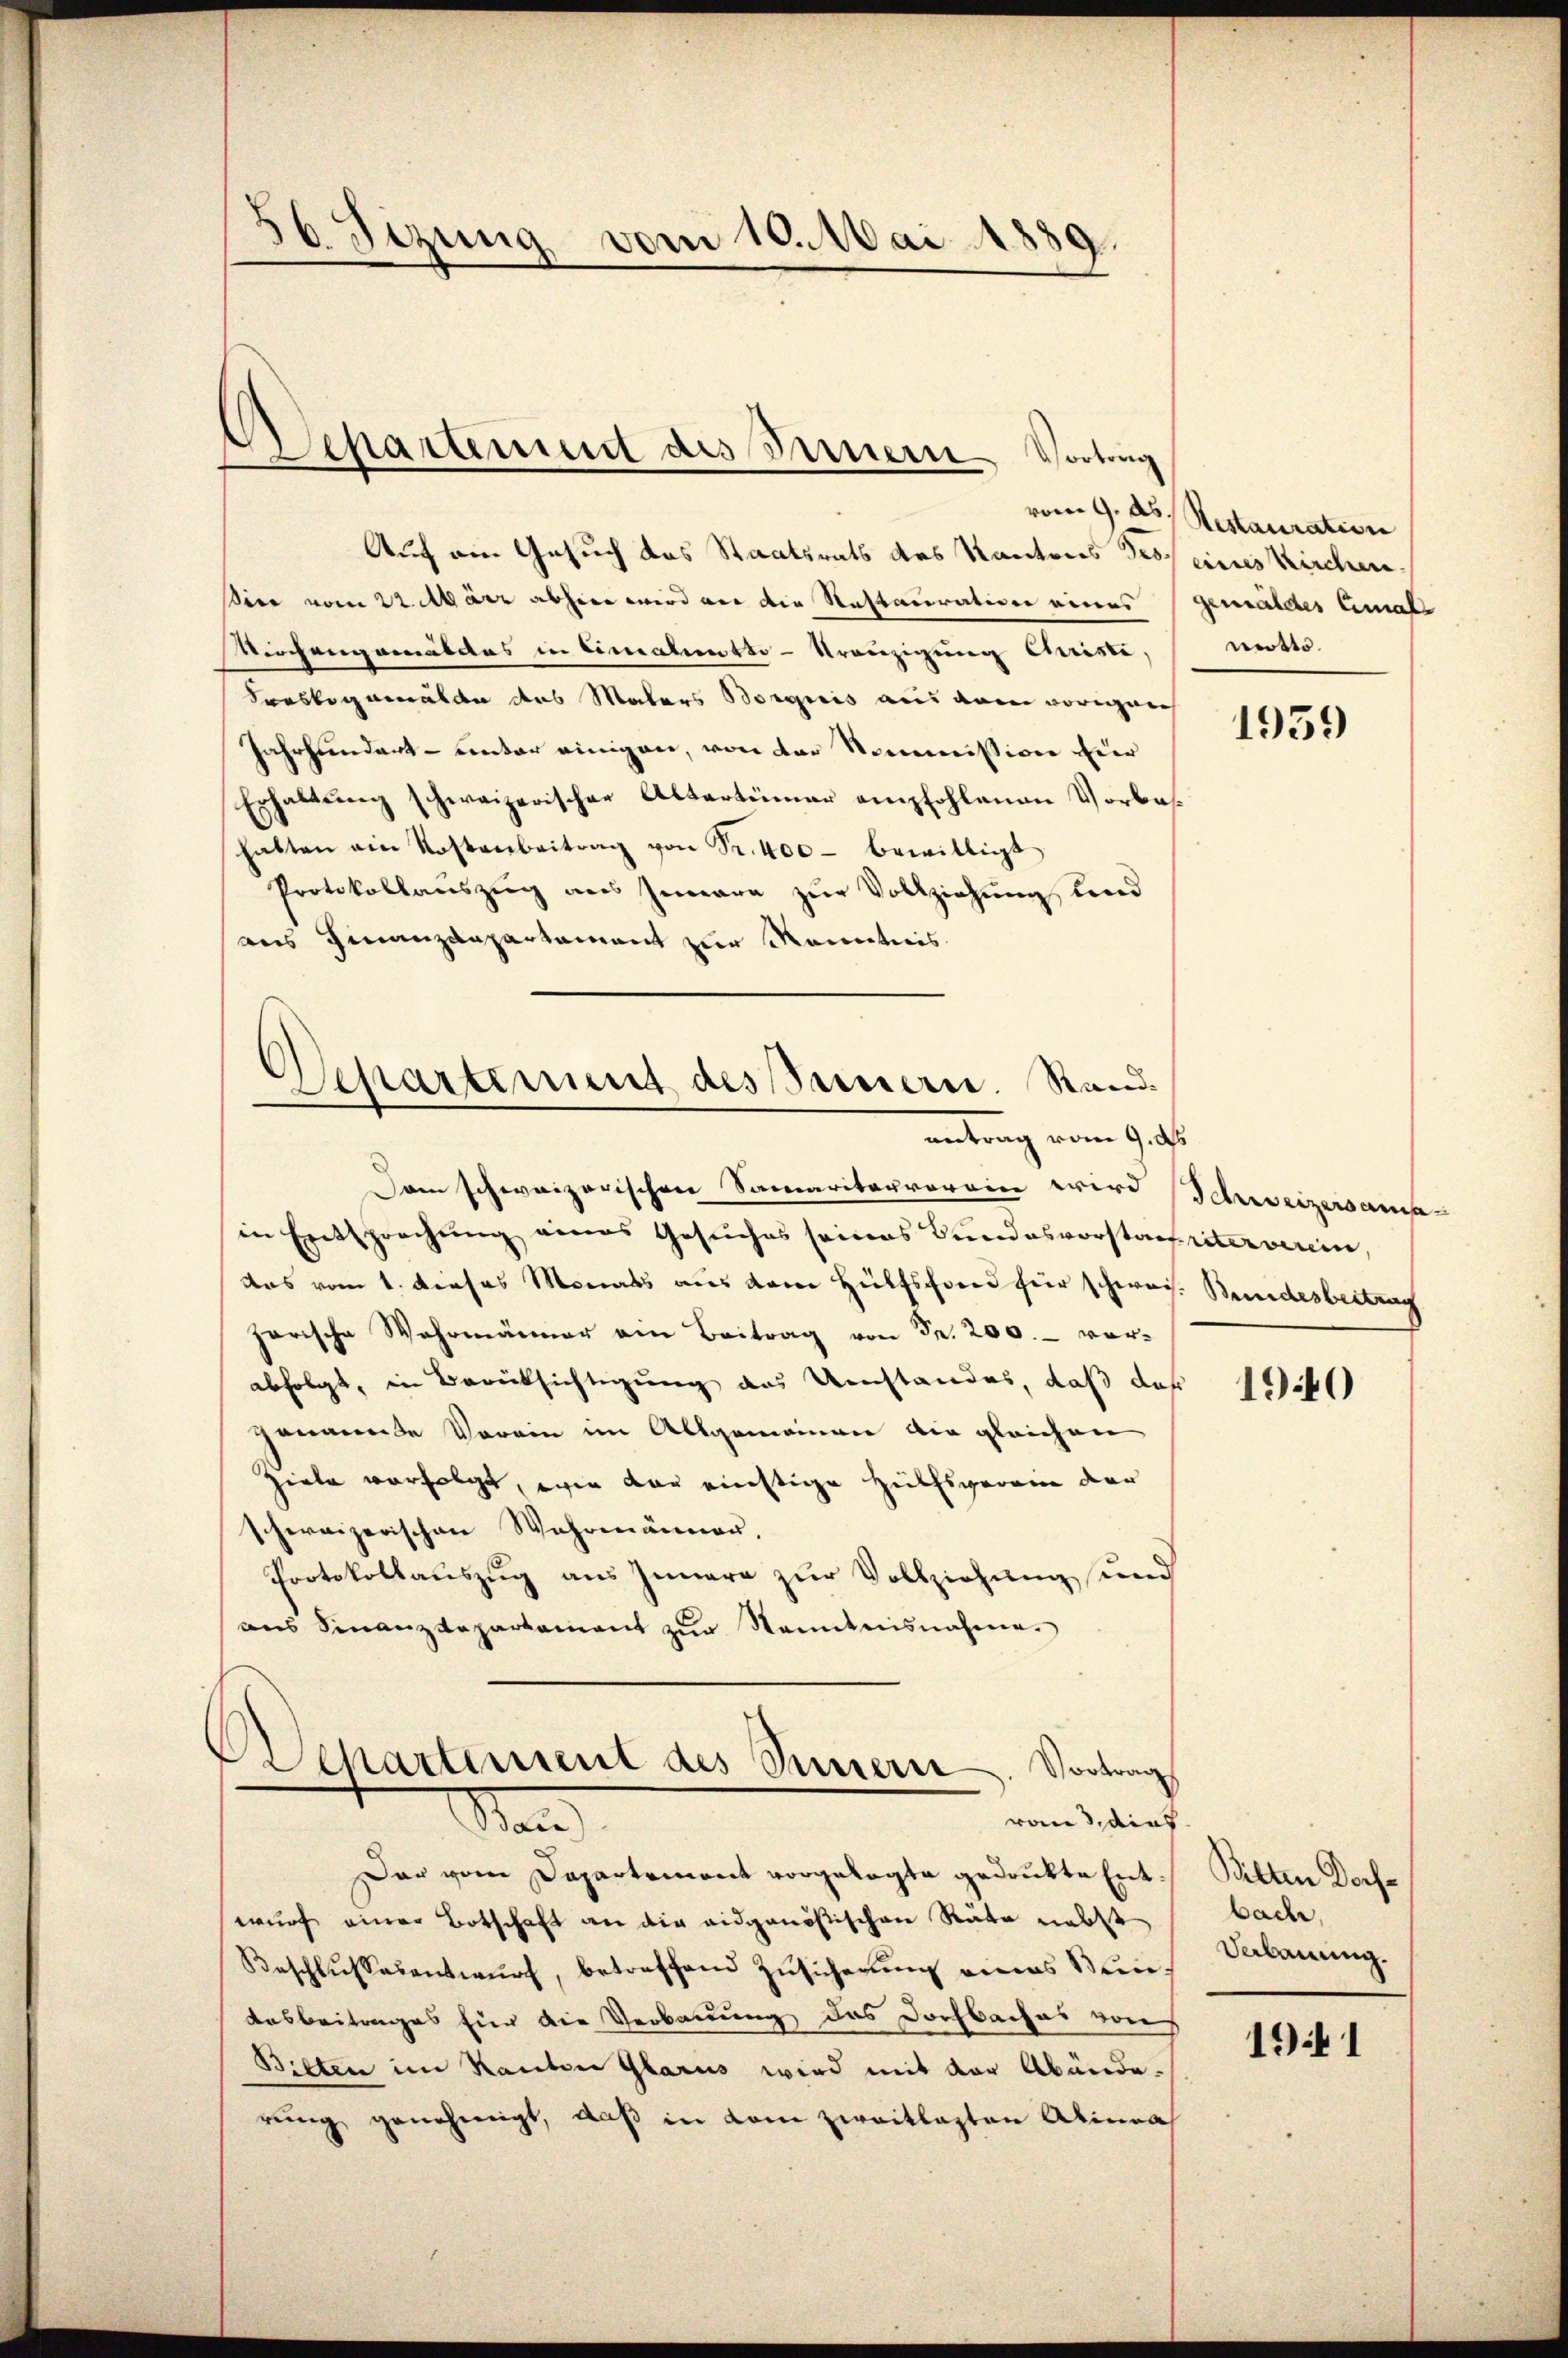
86 Sizung vom 10. Mai 1889

epartement des Innern Vortrag

Auf ein Gesuch das Staatsrats des Kantons Tros eines Kirchenire vom 22. März abheer wird vor die Restaciration eines Gemäldes Lemal
Viechengemäldes in Eimaluntso-Kranzigung Christi,
Frasbogemälde das Malers Borgnis aus dem vorneh
Jahrhundert – unter einigen, von der Kommission hier
Erhaltung schweizerischen Altertümer empfohlenen Vorbashabten ein Kostenbeitrag von Sr. 400 bewilligt
Protokollaŭszŭg ans Zierre zŭr Vollziehŭng und
aus Finanzdepartament zur Kenntnis

Departement des Sauern. Stand.
antrag vom 9. ds.

Iren schweizerischen Samaritarrerein wird (Schweizersamin Entsprechung eines Gesŭches seines Bundesvorstauriterverein,
das vom 1. Dieses Monats aus dem Hülfsfond für schweis. Bundesbeitrag
harische Wahrmänner ein Beitrag von Fr. 200.- vor-
abfolgt, in Berücksichtigung des Umstandes, daß daß
genannte Vorein im Allgemeinen die gleichen
Zirte verfolgt, wie der einstige Hülfsverein der
schweizerischen Wahrmänner.
Protokollauszug aus Innere zur Vollziehung und
ans Finanzdepartament zŭr Sonntnisnahme.
Departement des Innern. Vortrag
vom 3. dies
San
Dar vom Departement vorgelegte gedrukte Entwurf einer Botschaft an die eidgenößischen Räte nebst
Beschlŭssesentwŭrf, betreffend Zŭsicherŭng eines Bun¬
Ausbeitrages für die Verbauung des Dorfbaches von
Bitten im Kanton Glarus wird mit der Abände-
rung genehmigt, daß in dem zweitlasten Alinea

vom 9. ds Restauration
notto.

1959

1940

Sitten Dochbach,
Vebauung.

1941